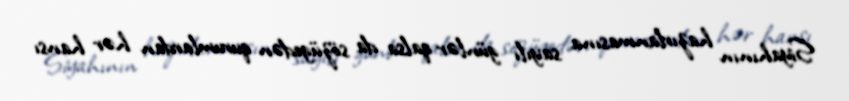
Siyahının hazırlanmasına sayılı günlər qalsa da sözügedən qurumlardan hər hansı